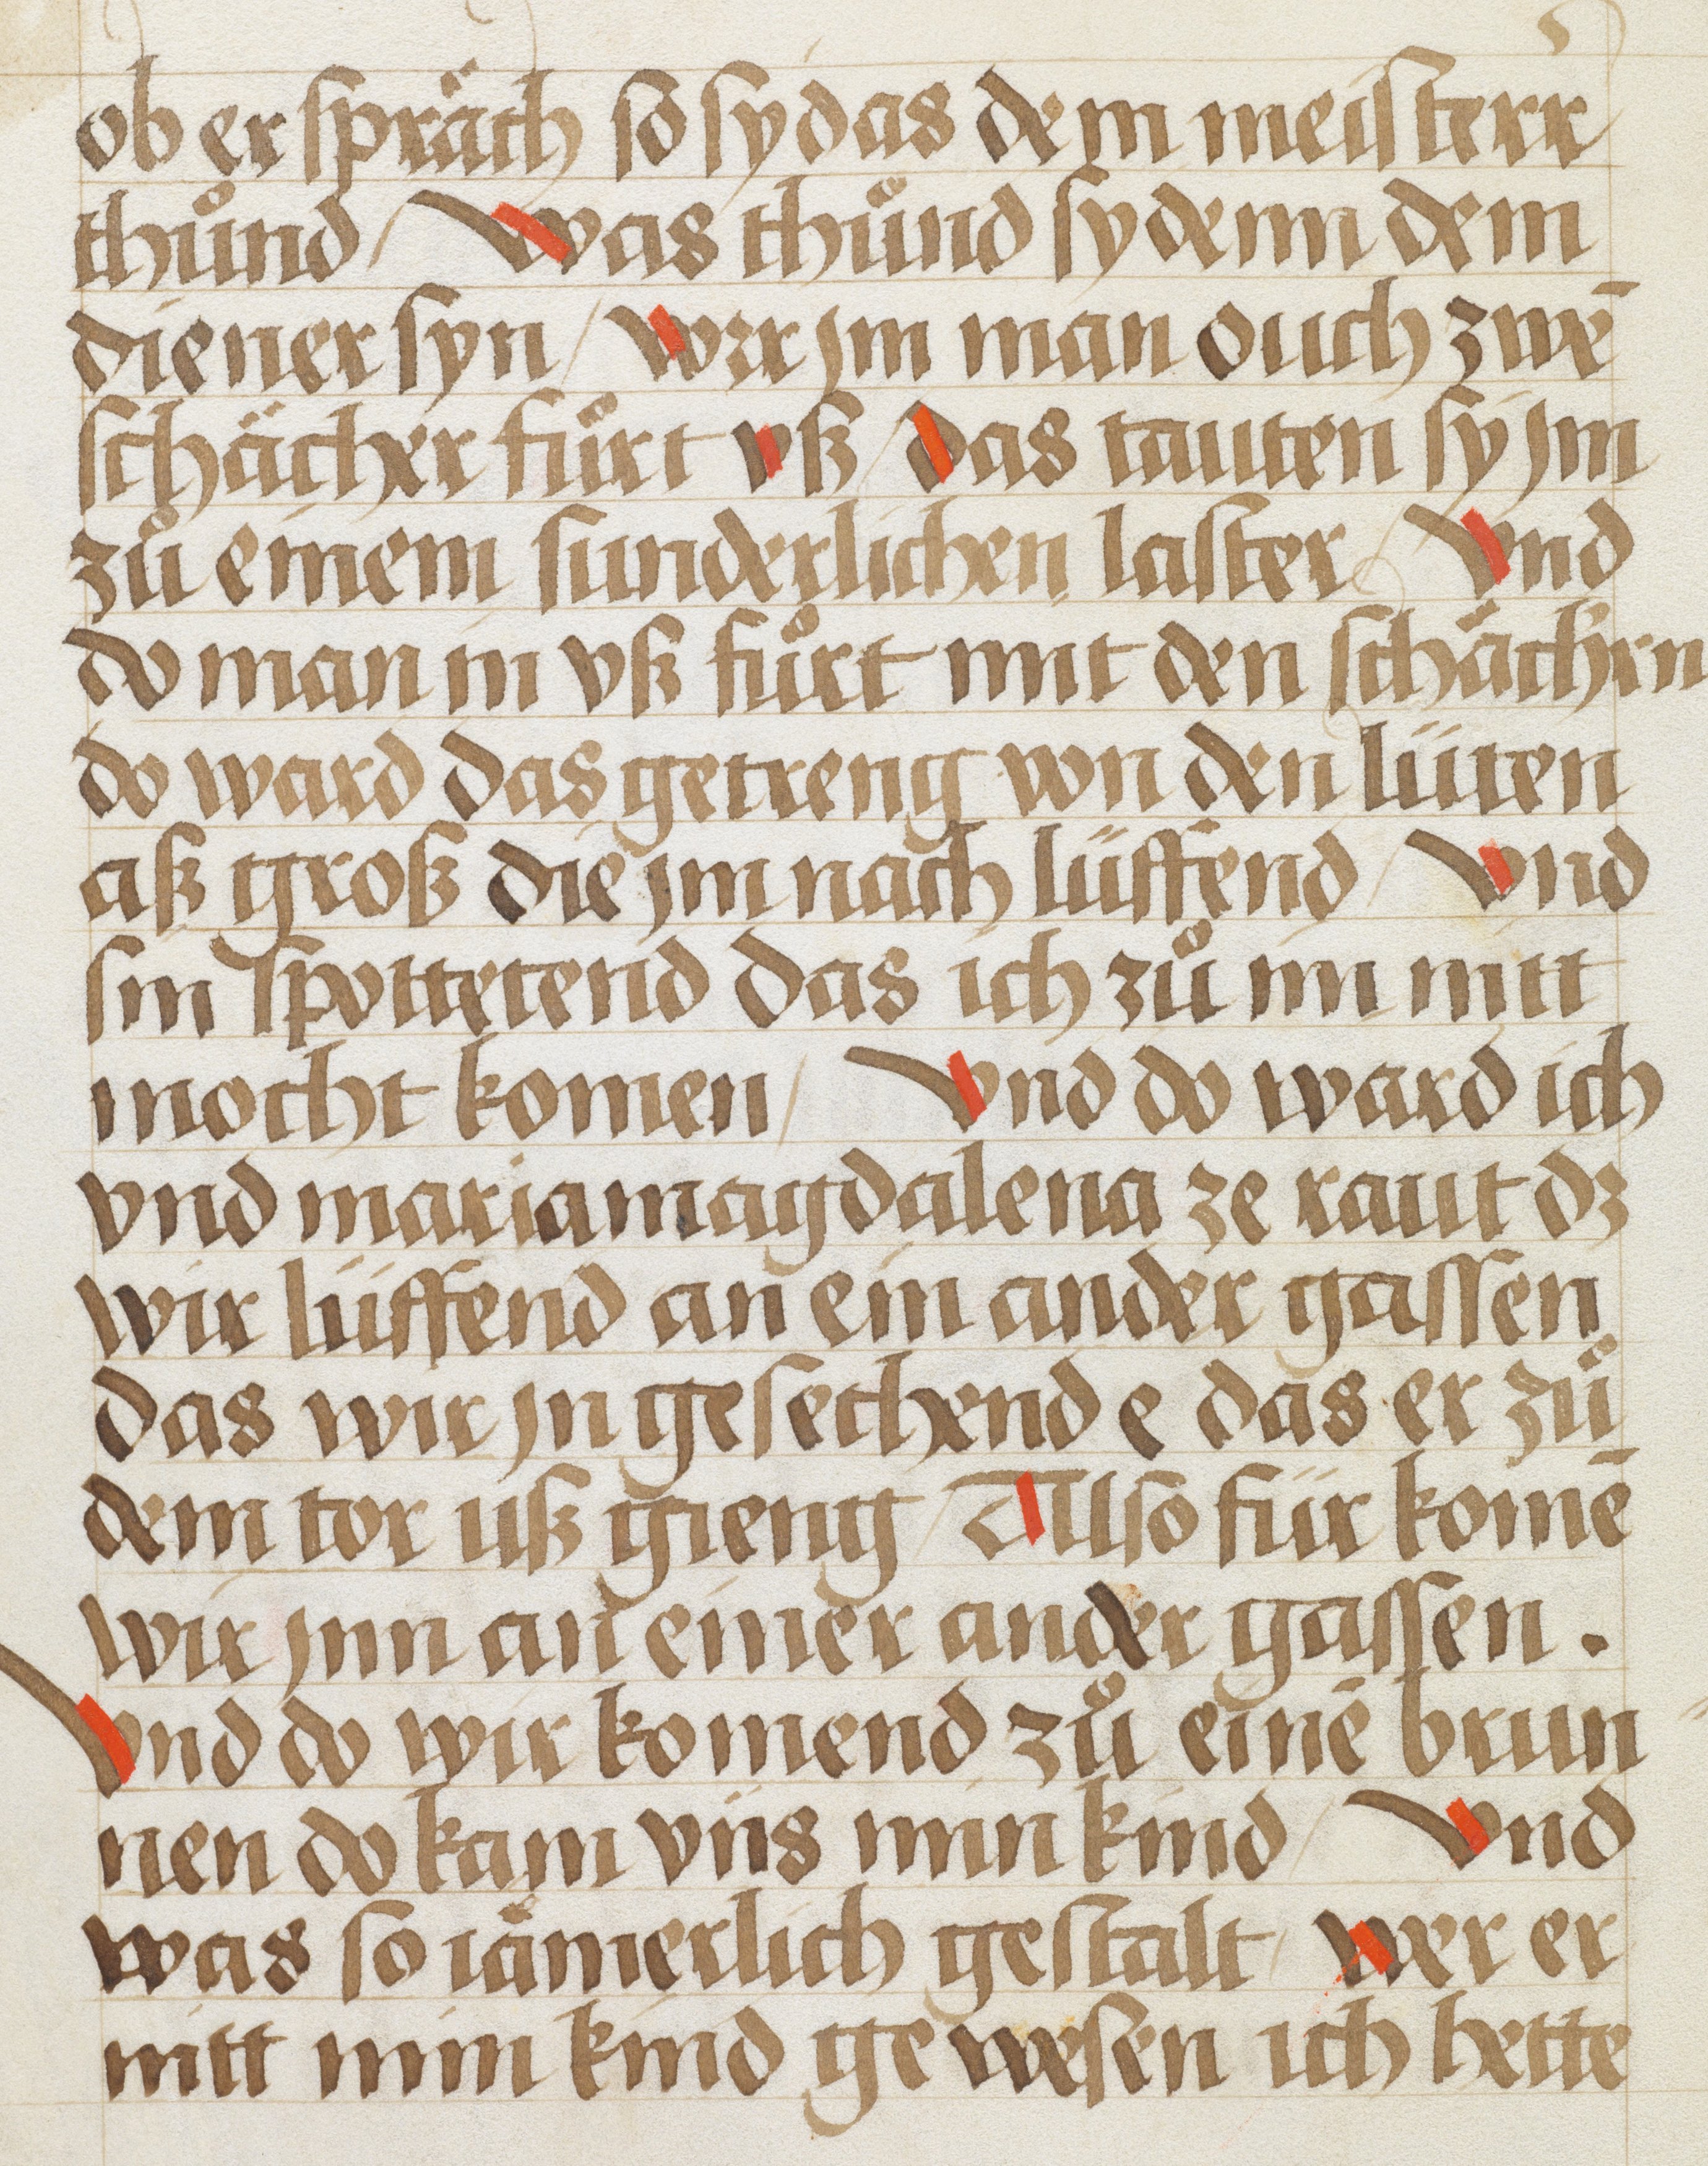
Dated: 1450–1499